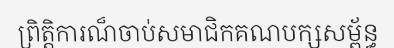
ព្រិត្តិការណ៏ចាប់សមាជិកគណបក្សសម្ព័ន្ធ